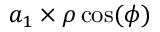
a _ { 1 } \times \rho \cos ( \phi )